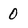
Character: O